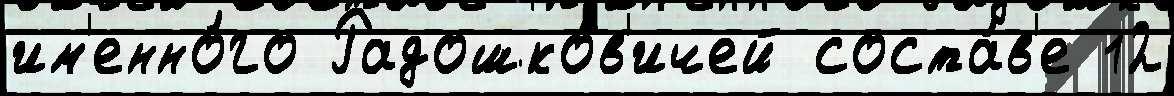
им'енно́го Радошков'ичей соста́в'е 12